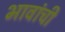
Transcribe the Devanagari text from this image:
भावांची